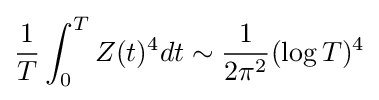
{\frac {1}{T}}\int _{0}^{T}Z(t)^{4}dt\sim {\frac {1}{2\pi ^{2}}}(\log T)^{4}